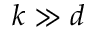
k \gg d